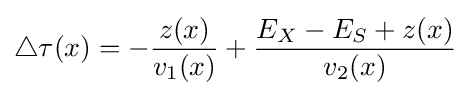
\triangle \tau (x)=-{\frac {z(x)}{v_{1}(x)}}+{\frac {E_{X}-E_{S}+z(x)}{v_{2}(x)}}